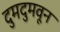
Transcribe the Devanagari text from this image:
दुमदुमवून